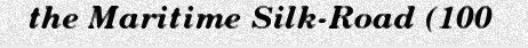
the Maritime Silk-Road (100